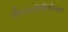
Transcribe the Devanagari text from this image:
चित्रपटनिर्मितीबाबत